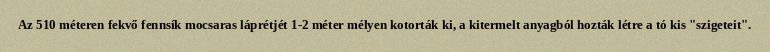
Az 510 méteren fekvő fennsík mocsaras láprétjét 1-2 méter mélyen kotorták ki, a kitermelt anyagból hozták létre a tó kis "szigeteit".